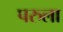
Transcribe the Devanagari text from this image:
परुला